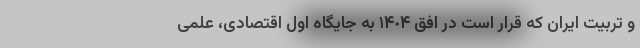
و تربیت ایران که قرار است در افق ١۴٠۴ به جایگاه اول اقتصادی، علمی